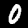
Digit: 0